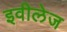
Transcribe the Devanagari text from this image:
इवीलेज